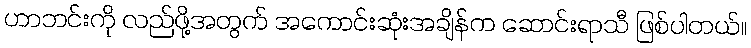
ဟာဘင်းကို လည်ဖို့အတွက် အကောင်းဆုံးအချိန်က ဆောင်းရာသီ ဖြစ်ပါတယ်။